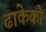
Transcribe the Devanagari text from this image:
ढाकेको